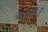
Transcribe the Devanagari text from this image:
ऋतुचर्येचे